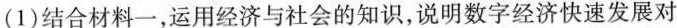
(1)结合材料一，运用经济与社会的知识，说明数字经济快速发展对